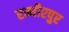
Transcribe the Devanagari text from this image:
रन्धीरपुर